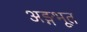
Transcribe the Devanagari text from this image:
अङ्गभूत